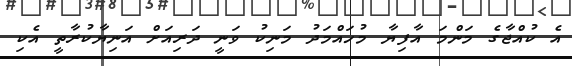
އެ ކުއްޖާގެ މަންމަ އާފިޔާ މުހައްމަދު މަނިކު ވަނީ ދަރިއަށް އަނިޔާކުރާތީ އެކި